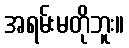
အရမ်းမတိုဘူး။